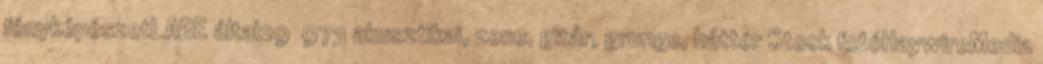
fényképészetLABE által29 973 akusztikai, zene, gitár, grunge, háttér Stock fotóHaywireMedia